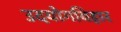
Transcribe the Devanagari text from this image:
उदयोगविहार